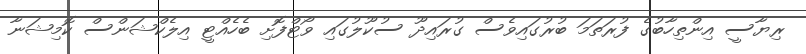
ރިޔާސީ އިންތިހާބުގެ ފުރަތަމަ ބުރުގައިވެސް ގުރައިދޫ ސުކޫލުގައި ވޯޓްފޮށި ބެހެއްޓީ އިލެކްޝަންސް ކޮމިޝަނާ